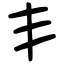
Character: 丯